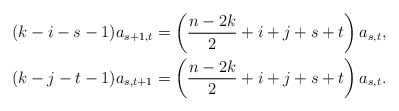
\begin{align*} (k-i-s-1)a_{s+1,t} & = \left(\frac{n-2k}{2}+i+j+s+t\right)a_{s,t} , \\ (k-j-t-1)a_{s,t+1} & = \left(\frac{n-2k}{2}+i+j+s+t\right)a_{s,t} . \end{align*}